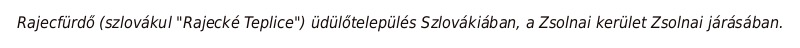
Rajecfürdő (szlovákul "Rajecké Teplice") üdülőtelepülés Szlovákiában, a Zsolnai kerület Zsolnai járásában.